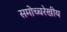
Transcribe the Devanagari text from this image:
समोच्चरेखीय